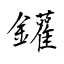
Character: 鑵